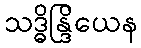
သဒ္ဓိန္ဒြိယေန